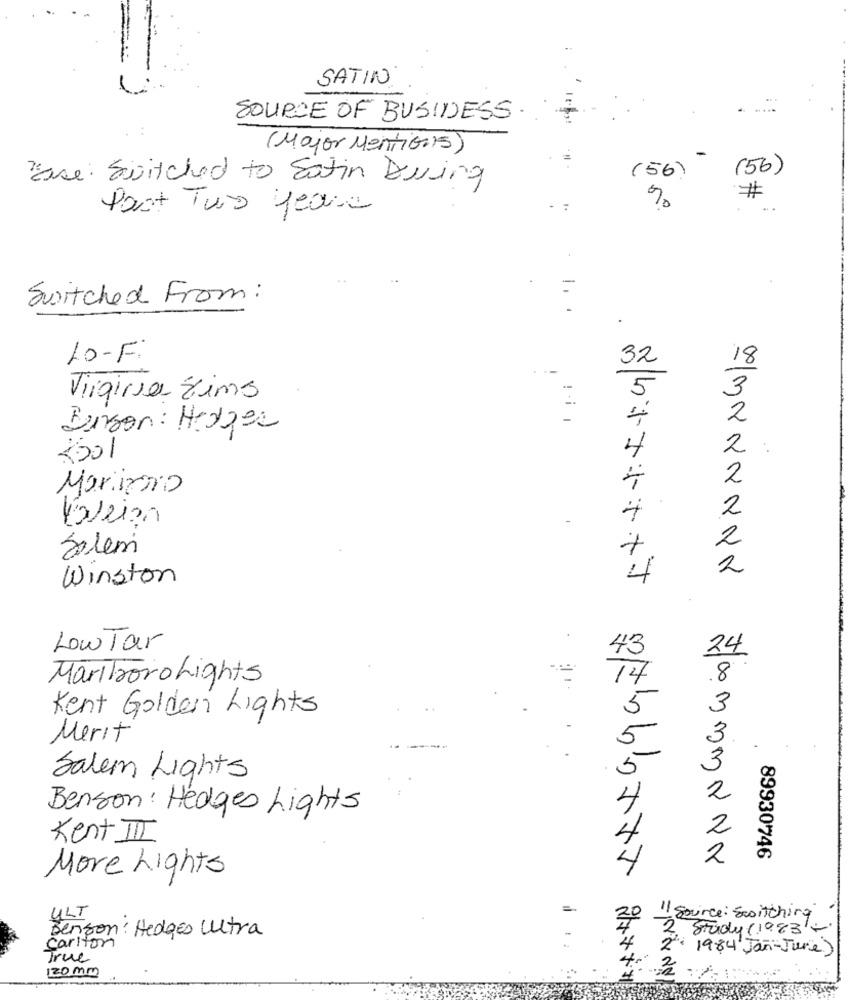
SATIN
.
SOURCE OF BUSINESS.
(Major Mentions)
(56)
une Switched to Satin Dring
(56)
#
Past Two years
%
...
Switched From:
=
LO-F.
32
18
5
3
Virginia Sims
2
Benson: Hedges
2
8501
4
2
Mariano
2
2
Serem
2
Winston
Low Tar
43
24
Marlboro Lights
14
Kent Golden Lights
Merit
Salem Lights
Benson: Hedges Lights
Kent III
89930746
More Lights
ULT
20
11 source: Switching
Benson : Hedges Letra
2. Study (1983-
carlton
2: 1984 Jan-June)
True
120 mm